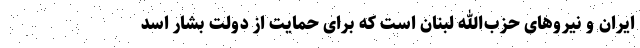
ایران و نیروهای حزب‌الله لبنان است که برای حمایت از دولت بشار اسد